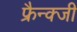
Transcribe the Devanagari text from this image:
फ्रैन्क्जी